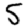
Digit: 5